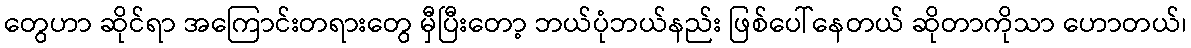
တွေဟာ ဆိုင်ရာ အကြောင်းတရားတွေ မှီပြီးတော့ ဘယ်ပုံဘယ်နည်း ဖြစ်ပေါ်နေတယ် ဆိုတာကိုသာ ဟောတယ်၊